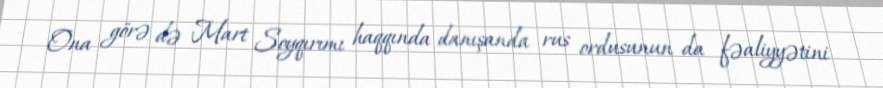
Ona görə də Mart Soyqırımı haqqında danışanda rus ordusunun da fəaliyyətini